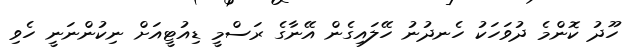
ހޫދު ކޮންމެ ދުވަހަކު ހެނދުނު ހޭލައިގެން އޭނާގެ ރަސްމީ ޑިއުޓީއަށް ނިކުންނަނީ ހެވި